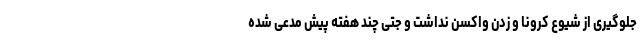
جلوگیری از شیوع کرونا و زدن واکسن نداشت و جتی چند هفته پیش مدعی شده